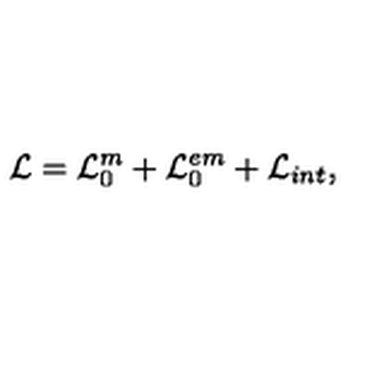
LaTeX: { \cal L } = { \cal L } _ { 0 } ^ { m } + { \cal L } _ { 0 } ^ { e m } + { \cal L } _ { i n t } ,